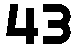
43